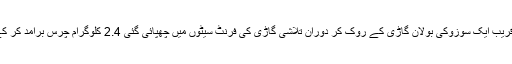
پانچویں کاروائی کے دوران اے این ایف راولپنڈی نے لہتراڑ روڈ، اسلام آباد پر واقع صنم چوک کے قریب ایک سوزوکی بولان گاڑی کے روک کر دوران تلاشی گاڑی کی فرنٹ سیٹوں میں چھپائی گئی 2.4 کلوگرام چرس برآمد کر کے موقع پر موجود اسلام آباد کے رہائشی عبد الرحیم اور غفران اللہ نامی 2 ملزما ن کو گرفتار کر لیا۔